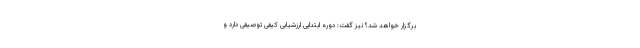
برگزار خواهد شد؟ نیز گفت: دوره ابتدایی ارزشیابی کیفی توصیفی دارد و